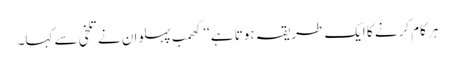
ہر کام کرنے کا ایک طریقہ ہوتا ہے‘‘ کھمب پہلوان نے تلخی سے کہا۔